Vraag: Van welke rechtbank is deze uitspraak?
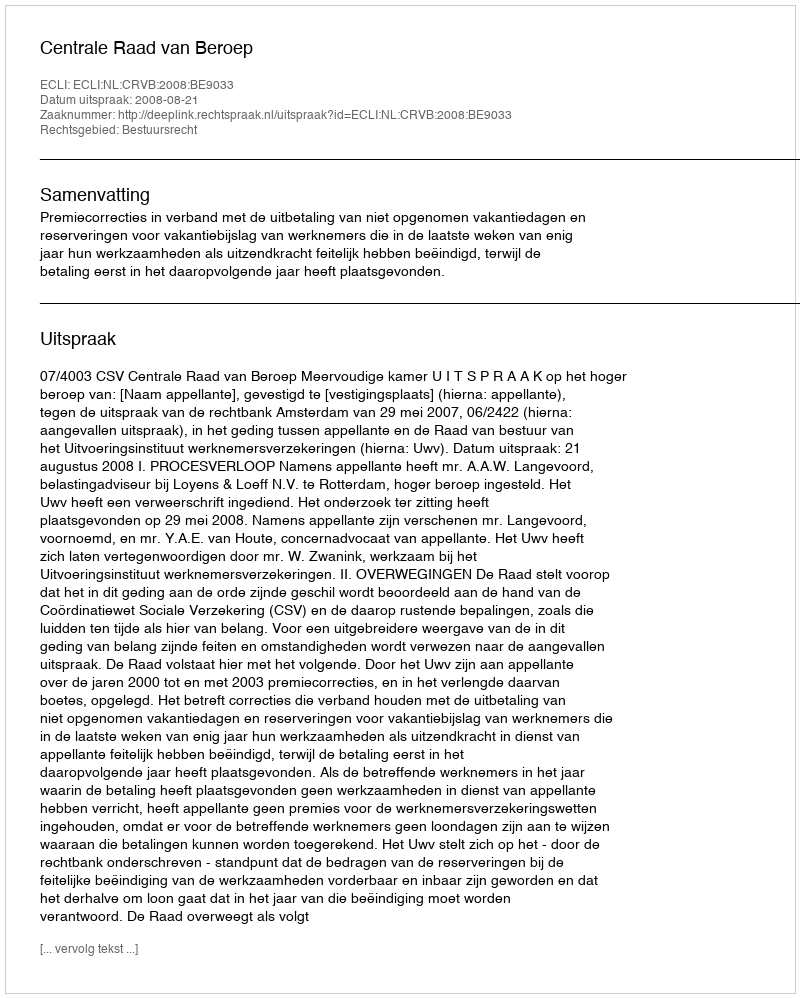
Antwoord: Centrale Raad van Beroep